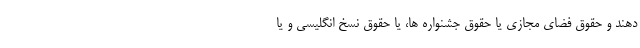
دهند و حقوق فضای مجازی یا حقوق جشنواره ها، یا حقوق نسخ انگلیسی و یا